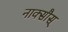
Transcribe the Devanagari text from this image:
नाक्सौस्